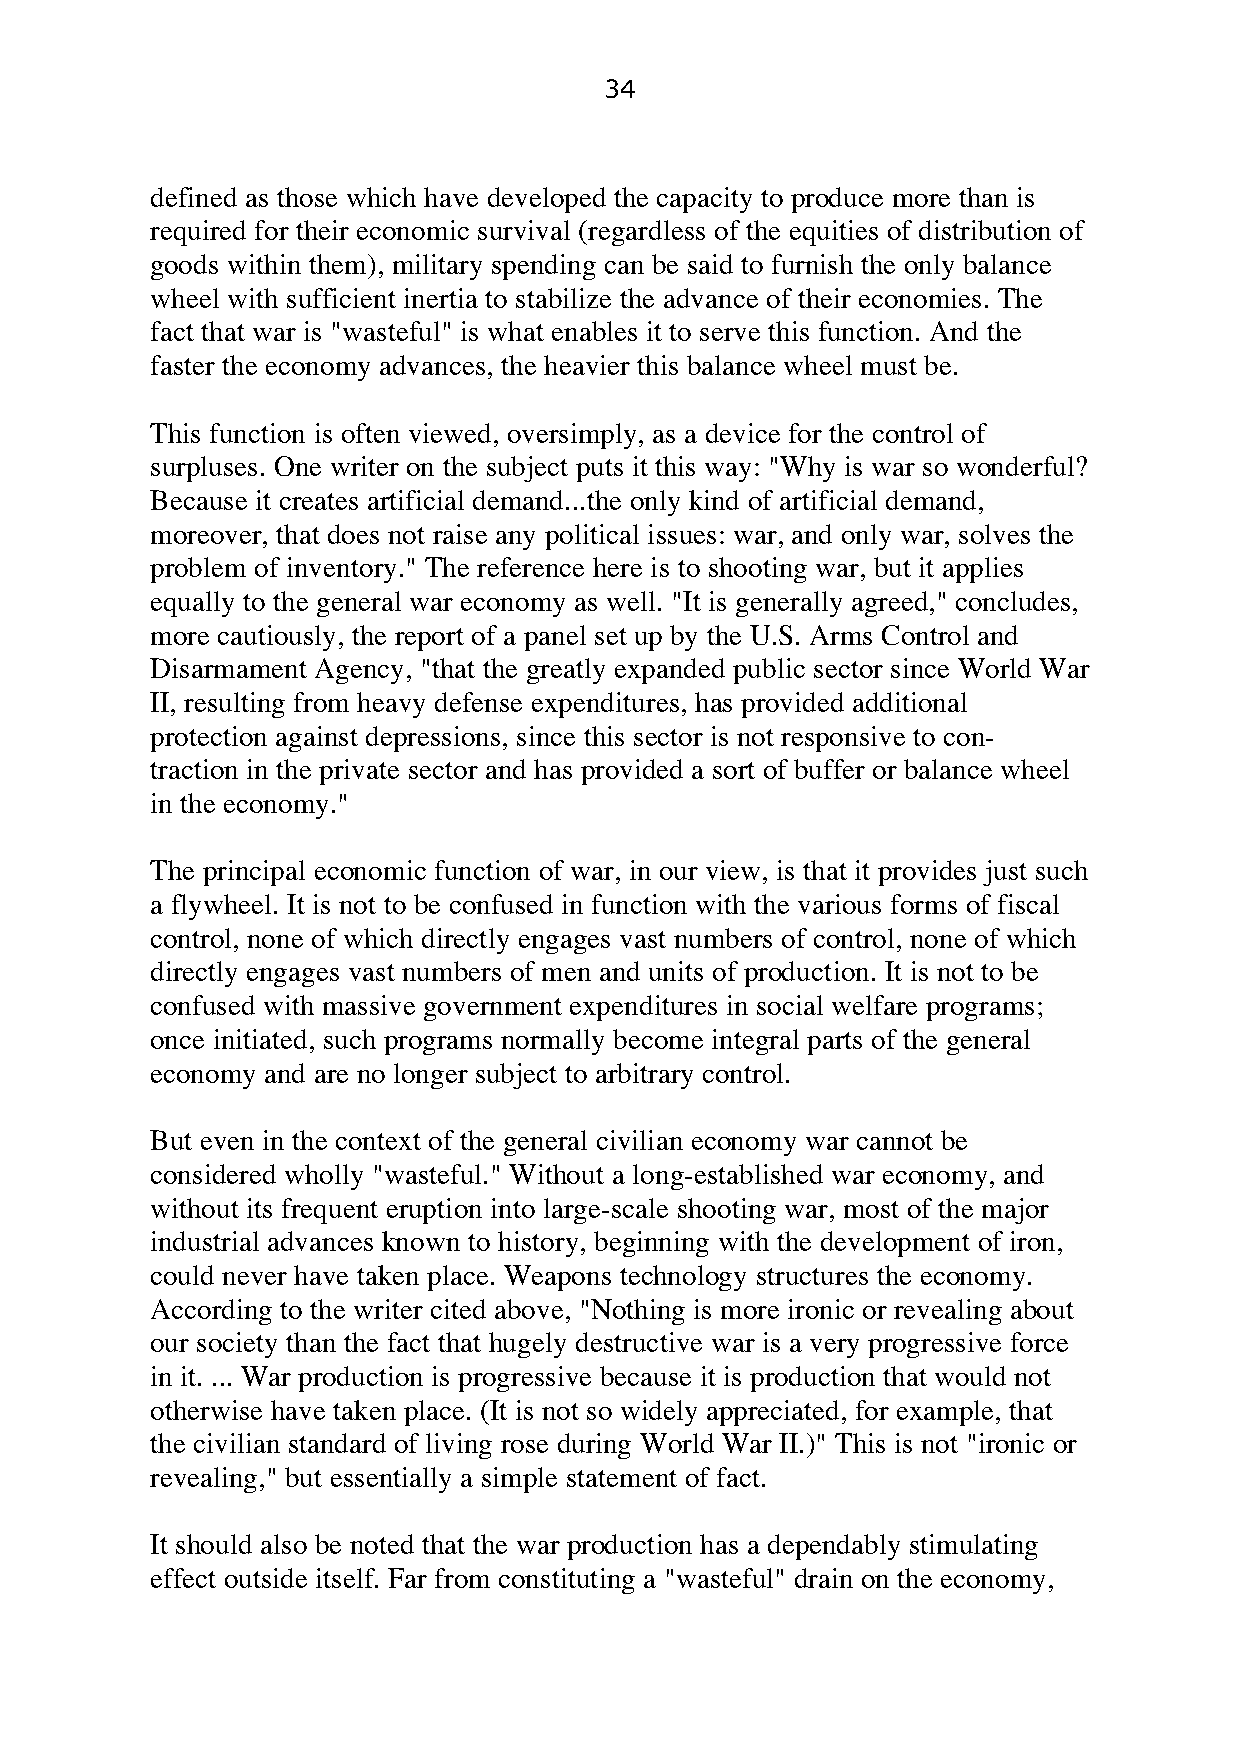
34
 defined as those which have developed the capacity to produce more than is
 required for their economic survival (regardless of the equities of distribution of
 goods within them), military spending can be said to furnish the only balance
 wheel with sufficient inertia to stabilize the advance of their economies. The
 fact that war is "wasteful" is what enables it to serve this function. And the
 faster the economy advances, the heavier this balance wheel must be.
 This function is often viewed, oversimply, as a device for the control of
 surpluses. One writer on the subject puts it this way: "Why is war so wonderful?
 Because it creates artificial demand...the only kind of artificial demand,
 moreover, that does not raise any political issues: war, and only war, solves the
 problem of inventory." The reference here is to shooting war, but it applies
 equally to the general war economy as well. "It is generally agreed," concludes,
 more cautiously, the report of a panel set up by the U.S. Arms Control and
 Disarmament Agency, "that the greatly expanded public sector since World War
 II, resulting from heavy defense expenditures, has provided additional
 protection against depressions, since this sector is not responsive to con-
 traction in the private sector and has provided a sort of buffer or balance wheel
 in the economy."
 The principal economic function of war, in our view, is that it provides just such
 a flywheel. It is not to be confused in function with the various forms of fiscal
 control, none of which directly engages vast numbers of control, none of which
 directly engages vast numbers of men and units of production. It is not to be
 confused with massive government expenditures in social welfare programs;
 once initiated, such programs normally become integral parts of the general
 economy and are no longer subject to arbitrary control.
 But even in the context of the general civilian economy war cannot be
 considered wholly "wasteful." Without a long-established war economy, and
 without its frequent eruption into large-scale shooting war, most of the major
 industrial advances known to history, beginning with the development of iron,
 could never have taken place. Weapons technology structures the economy.
 According to the writer cited above, "Nothing is more ironic or revealing about
 our society than the fact that hugely destructive war is a very progressive force
 in it. ... War production is progressive because it is production that would not
 otherwise have taken place. (It is not so widely appreciated, for example, that
 the civilian standard of living rose during World War II.)" This is not "ironic or
 revealing," but essentially a simple statement of fact.
 It should also be noted that the war production has a dependably stimulating
 effect outside itself. Far from constituting a "wasteful" drain on the economy,